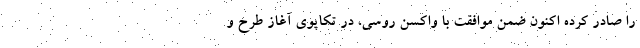
را صادر کرده اکنون ضمن موافقت با واکسن روسی، در تکاپوی آغاز طرح و